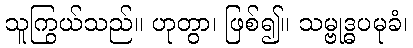
သူကြွယ်သည်။ ဟုတွာ၊ ဖြစ်၍။ သမ္ဗုဒ္ဓပမုခံ၊